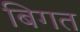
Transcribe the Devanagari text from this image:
बिगत